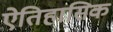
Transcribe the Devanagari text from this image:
ऐतिहासिक